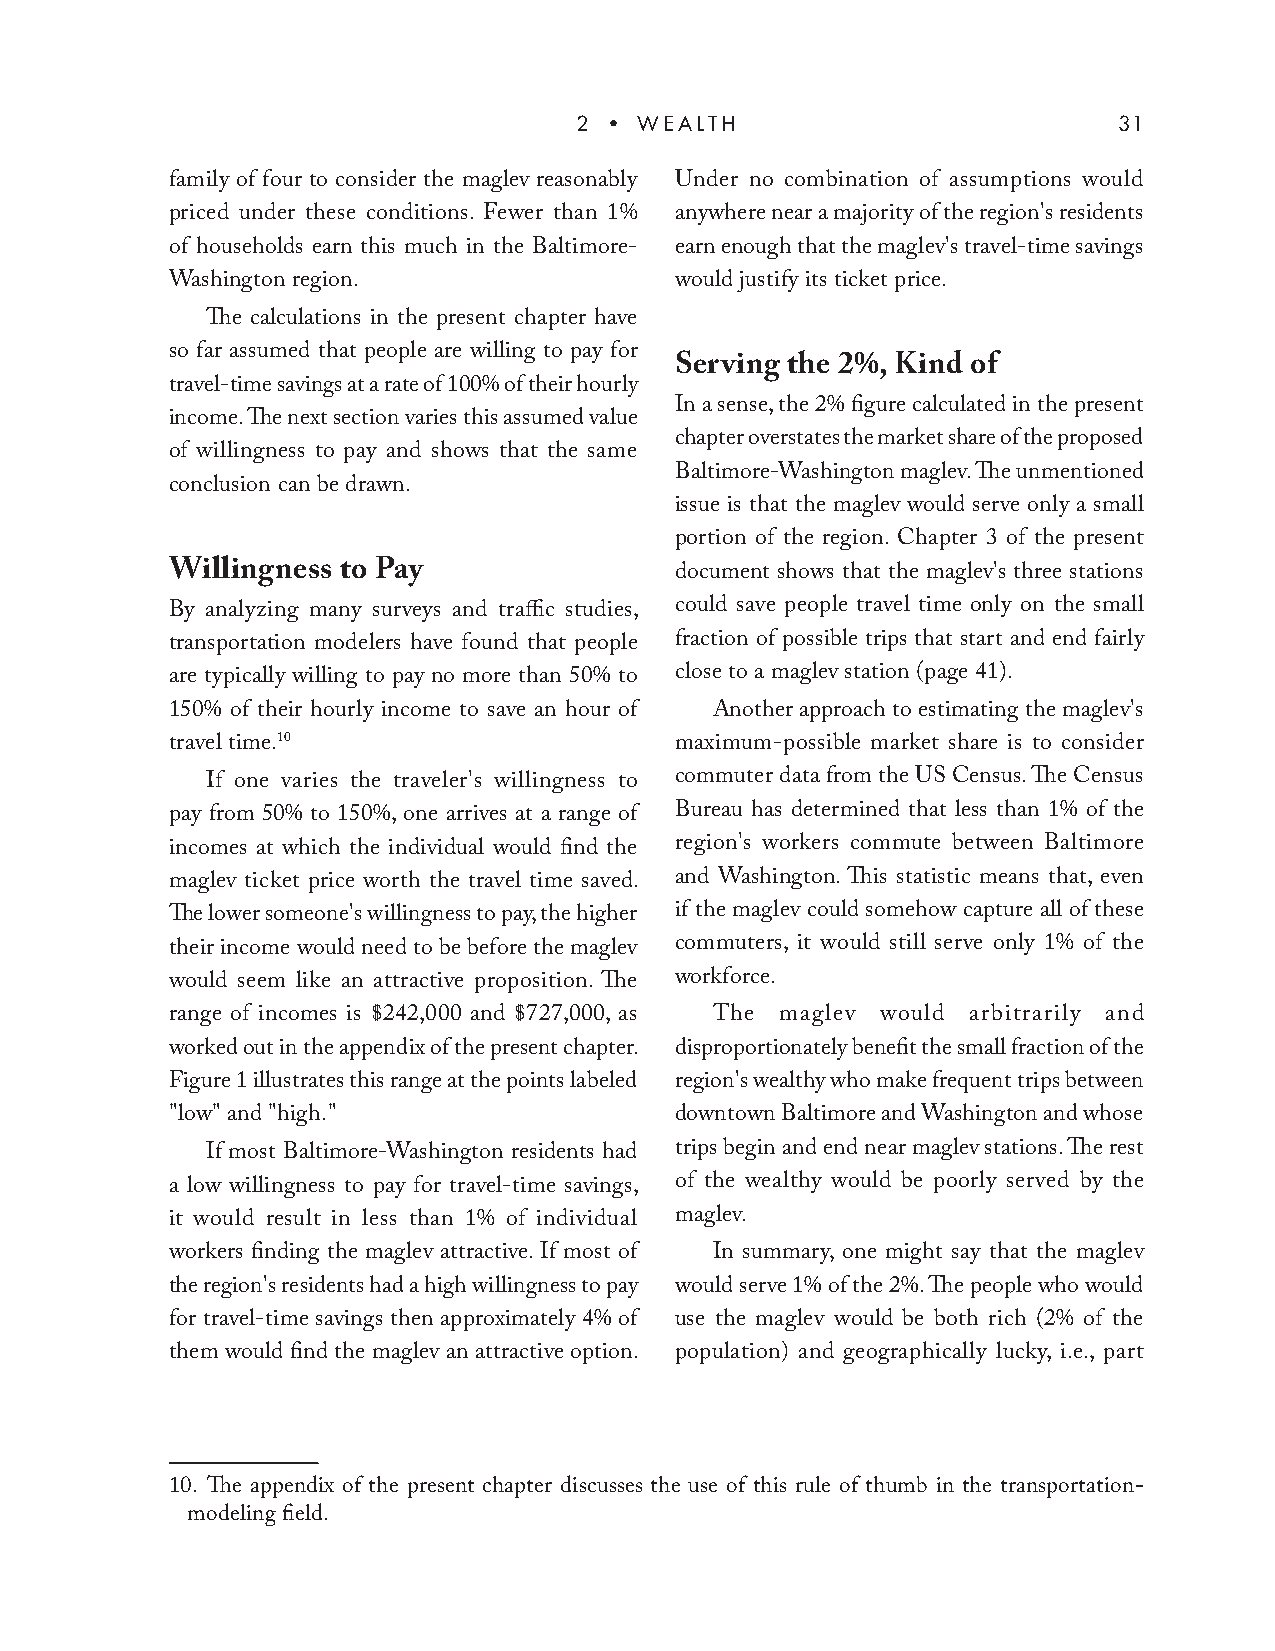
2 • WEALTH                          31
 family of four to consider the maglev reasonably Under no combination of assumptions would
 priced under these conditions. Fewer than 1% anywhere near a majority of the region's residents
 of households earn this much in the Baltimore- earn enough that the maglev's travel-time savings
 Washington region.                would justify its ticket price.
 The calculations in the present chapter have
 so far assumed that people are willing to pay for
 Serving the 2%, Kind of
 travel-time savings at a rate of 100% of their hourly
 In a sense, the 2% figure calculated in the present
 income. The next section varies this assumed value
 chapter overstates the market share of the proposed
 of willingness to pay and shows that the same
 Baltimore-Washington maglev. The unmentioned
 conclusion can be drawn.
 issue is that the maglev would serve only a small
 portion of the region. Chapter 3 of the present
 Willingness to Pay                document shows that the maglev's three stations
 By analyzing many surveys and traffic studies, could save people travel time only on the small
 transportation modelers have found that people fraction of possible trips that start and end fairly
 are typically willing to pay no more than 50% to close to a maglev station (page 41).
 150% of their hourly income to save an hour of Another approach to estimating the maglev's
 travel time.10                    maximum-possible market share is to consider
 If one varies the traveler's willingness to commuter data from the US Census. The Census
 pay from 50% to 150%, one arrives at a range of Bureau has determined that less than 1% of the
 incomes at which the individual would find the region's workers commute between Baltimore
 maglev ticket price worth the travel time saved. and Washington. This statistic means that, even
 The lower someone's willingness to pay, the higher if the maglev could somehow capture all of these
 their income would need to be before the maglev commuters, it would still serve only 1% of the
 would seem like an attractive proposition. The workforce.
 range of incomes is $242,000 and $727,000, as The maglev would arbitrarily and
 worked out in the appendix of the present chapter. disproportionately benefit the small fraction of the
 Figure 1 illustrates this range at the points labeled region's wealthy who make frequent trips between
 "low" and "high."                 downtown Baltimore and Washington and whose
 If most Baltimore-Washington residents had trips begin and end near maglev stations. The rest
 a low willingness to pay for travel-time savings, of the wealthy would be poorly served by the
 it would result in less than 1% of individual maglev.
 workers finding the maglev attractive. If most of In summary, one might say that the maglev
 the region's residents had a high willingness to pay would serve 1% of the 2%. The people who would
 for travel-time savings then approximately 4% of use the maglev would be both rich (2% of the
 them would find the maglev an attractive option. population) and geographically lucky, i.e., part
 10. The appendix of the present chapter discusses the use of this rule of thumb in the transportation-
 modeling field.